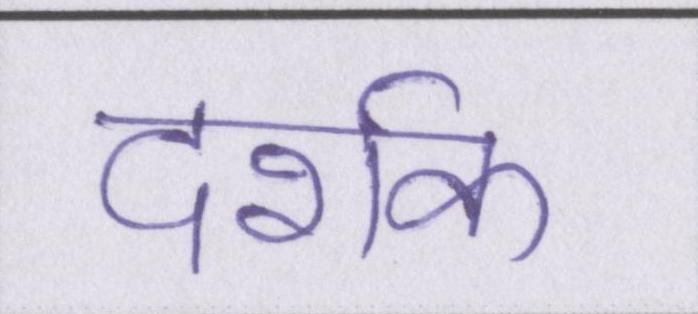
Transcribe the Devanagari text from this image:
दर्शक